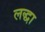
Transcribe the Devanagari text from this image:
लद्धा